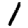
Digit: 1